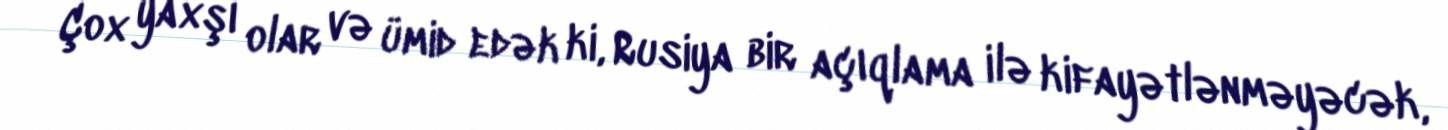
Çox yaxşı olar və ümid edək ki, Rusiya bir açıqlama ilə kifayətlənməyəcək,